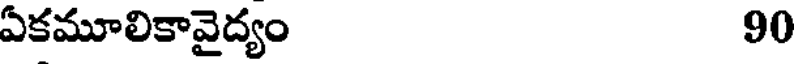
ఏకమూలికావైద్యం 90